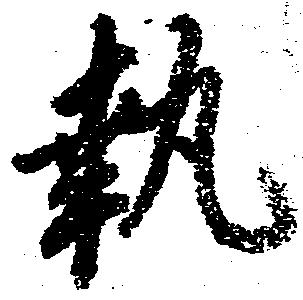
執